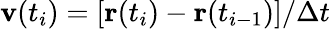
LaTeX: \mathbf{v}(t_{i})=[\mathbf{r}(t_{i})-\mathbf{r}(t_{i-1})]/\Delta t